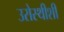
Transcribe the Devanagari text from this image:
उरोस्थीशी